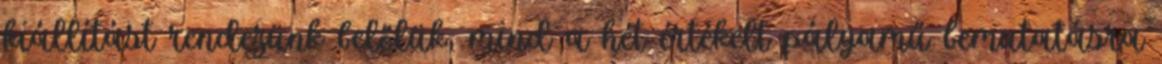
kiállítást rendezünk belőlük, mind a hét értékelt pályamű bemutatásra